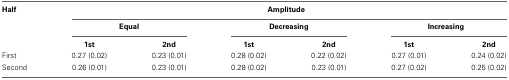
<table><thead><tr><td><b>Half</b></td><td colspan="6"><b>Amplitude</b></td></tr></thead><tbody><tr><td></td><td colspan="2"><b>Equal</b></td><td colspan="2"><b>Decreasing</b></td><td colspan="2"><b>Increasing</b></td></tr><tr><td></td><td><b>1st</b></td><td><b>2nd</b></td><td><b>1st</b></td><td><b>2nd</b></td><td><b>1st</b></td><td><b>2nd</b></td></tr><tr><td>First</td><td>0.27 (0.02)</td><td>0.23 (0.01)</td><td>0.28 (0.02)</td><td>0.22 (0.02)</td><td>0.27 (0.01)</td><td>0.24 (0.02)</td></tr><tr><td>Second</td><td>0.26 (0.01)</td><td>0.23 (0.01)</td><td>0.28 (0.02)</td><td>0.23 (0.01)</td><td>0.27 (0.02)</td><td>0.25 (0.02)</td></tr></tbody></table>